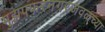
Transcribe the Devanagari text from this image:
मुझफ्फरनगरजवळच्या